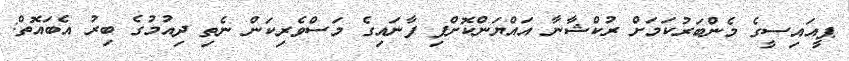
ޕީއައިސީގެ މެންބަރުކަމަށް ރުކްޝާނާ އައްޔަންކޮށްފި ފާނައިގެ މަސްވެރިކަން ނެތި ދިއުމުގެ ބިރު އެބައޮތް: